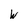
Character: w